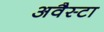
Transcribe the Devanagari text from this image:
अवैस्टा